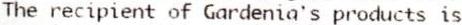
THE RECIPIENT OF GARDENIA'S PRODUCTS IS